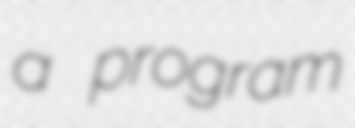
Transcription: a program